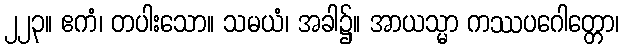
၂၂၃။ ဧကံ၊ တပါးသော။ သမယံ၊ အခါ၌။ အာယသ္မာ ကဿပဂေါတ္တော၊